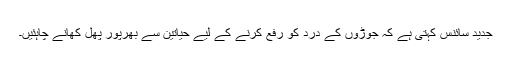
جدید سائنس کہتی ہے کہ جوڑوں کے درد کو رفع کرنے کے لیے حیاتین سے بھرپور پھل کھانے چاہئیں۔